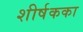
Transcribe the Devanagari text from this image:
शीर्षकका